General report no. 6 on the lunatic asylums, vaccination and dispensaries in the Bengal Presidency, 1873 -
Year: 1873
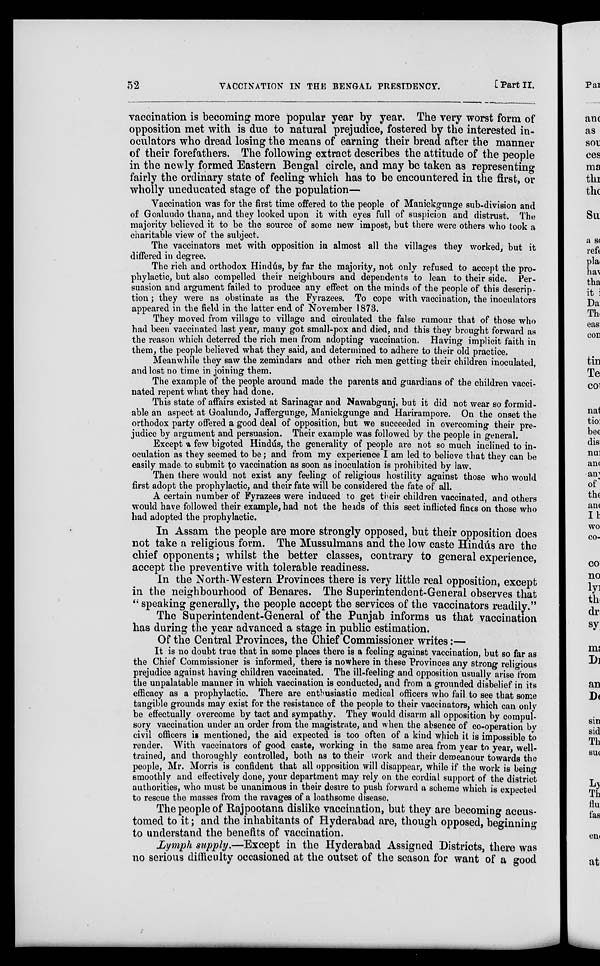
52
VACCINATION IN THE BENGAL PRESIDENCY.
[Part II.
vaccination is becoming more popular year by year. The very worst form of
opposition met with is due to natural prejudice, fostered by the interested in-
oculators who dread losing the means of earning their bread after the manner
of their forefathers. The following extract describes the attitude of the people
in the newly formed Eastern Bengal circle, and may be taken as representing
fairly the ordinary state of feeling which has to be encountered in the first, or
wholly uneducated stage of the population—
Vaccination was for the first time offered to the people of Manickgunge sub-division and
of Goaluudo thana, and they looked upon it with eyes full of suspicion and distrust. The
majority believed it to be the source of some new impost, but there were others who took a
charitable view of the subject.
The vaccinators met with opposition in almost all the villages they worked, but it
differed in degree.
The rich and orthodox Hindús, by far the majority, not only refused to accept the pro-
phylactic, but also compelled their neighbours and dependents to lean to their side. Per-
suasion and argument failed to produce any effect on the minds of the people of this descrip-
tion ; they were as obstinate as the Fyrazees. To cope with vaccination, the inoculators
appeared in the field in the latter end of November 1873.
They moved from village to village and circulated the false rumour that of those who
had been vaccinated last year, many got small-pox and died, and this they brought forward as
the reason which deterred the rich men from adopting vaccination. Having implicit faith in
them, the people believed what they said, and determined to adhere to their old practice.
Meanwhile they saw the zemindars and other rich men getting their children inoculated,
and lost no time in joining them.
The example of the people around made the parents and guardians of the children vacci-
nated repent what they had done.
This state of affairs existed at Sarinagar and Nawabgunj, but it did not wear so formid-
able an aspect at Goalundo, Jaffergunge, Manickgunge and Harirampore. On the onset the
orthodox party offered a good deal of opposition, but we succeeded in overcoming their pre-
judice by argument and persuasion. Their example was followed by the people in general.
Except a few bigoted Hindús, the generality of people are not so much inclined to in-
oculation as they seemed to be; and from my experience I am led to believe that they can be
easily made to submit to vaccination as soon as inoculation is prohibited by law.
Then there would not exist any feeling of religious hostility against those who would
first adopt the prophylactic, and their fate will be considered the fate of all.
A certain number of Fyrazees were induced to get their children vaccinated, and others
would have followed their example, had not the heads of this sect inflicted fines on those who
had adopted the prophylactic.
In Assam the people are more strongly opposed, but their opposition does
not take a religious form. The Mussulmans and the low caste Hindús are the
chief opponents; whilst the better classes, contrary to general experience,
accept the preventive with tolerable readiness.
In the North-Western Provinces there is very little real opposition, except
in the neighbourhood of Benares. The Superintendent-General observes that
" speaking generally, the people accept the services of the vaccinators readily."
The Superintendent-General of the Punjab informs us that vaccination
has during the year advanced a stage in public estimation.
Of the Central Provinces, the Chief Commissioner writes:—
It is no doubt true that in some places there is a feeling against vaccination, but so far as
the Chief Commissioner is informed, there is nowhere in these Provinces any strong religious
prejudice against having children vaccinated. The ill-feeling and opposition usually arise from
the unpalatable manner in which vaccination is conducted, and from a grounded disbelief in its
efficacy as a prophylactic. There are enthusiastic medical officers who fail to see that some
tangible grounds may exist for the resistance of the people to their vaccinators, which can only
be effectually overcome by tact and sympathy. They would disarm all opposition by compul-
sory vaccination under an order from the magistrate, and when the absence of co-operation by
civil officers is mentioned, the aid expected is too often of a kind which it is impossible to
render. With vaccinators of good caste, working in the same area from year to year, well-
trained, and thoroughly controlled, both as to their work and their demeanour towards the
people, Mr. Morris is confident that all opposition will disappear, while if the work is being
smoothly and effectively done, your department may rely on the cordial support of the district
authorities, who must be unanimous in their desire to push forward a scheme which is expected
to rescue the masses from the ravages of a loathsome disease.
The people of Rajpootana dislike vaccination, but they are becoming accus-
tomed to it; and the inhabitants of Hyderabad are, though opposed, beginning
to understand the benefits of vaccination.
Lymph supply.—Except in the Hyderabad Assigned Districts, there was
no serious difficulty occasioned at the outset of the season for want of a good